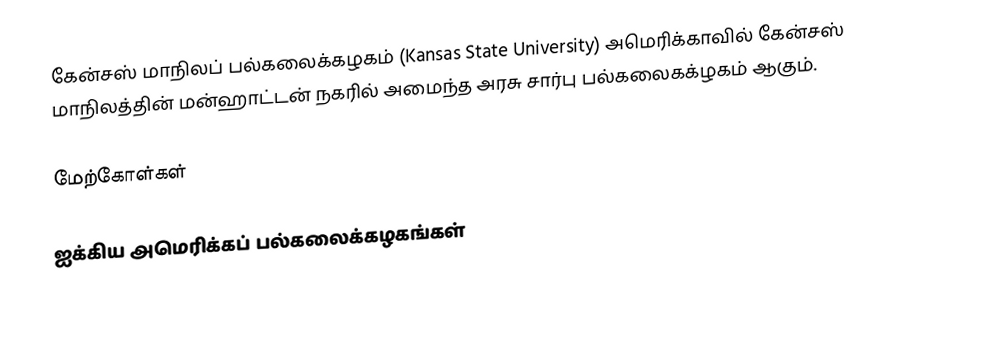
கேன்சஸ் மாநிலப் பல்கலைக்கழகம் (Kansas State University) அமெரிக்காவில் கேன்சஸ் மாநிலத்தின் மன்ஹாட்டன் நகரில் அமைந்த அரசு சார்பு பல்கலைகக்ழகம் ஆகும்.

மேற்கோள்கள்

ஐக்கிய அமெரிக்கப் பல்கலைக்கழகங்கள்